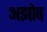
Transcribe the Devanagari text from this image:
अझोव